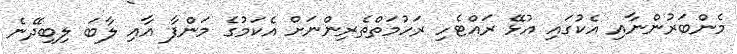
މެންބަރުންނާއި އެކުގައި އުޅޭ ރައްޓެހި ރަހުމަތްތެރިންނަށް އެކަމުގެ މަންފާ އާއި ލާބަ ލިބިދޭނެ